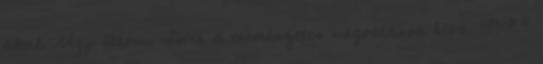
által. Úgy látom, Isten a természetes megoldások híve. 135:11.3